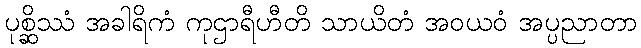
ပုစ္ဆိဿံ အခါရိကံ ကုဌာရီဟီတိ သာယိတံ အဝယဝံ အပ္ပညာတာ